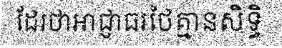
ដែរថាអាជ្ញាធរថៃគ្មានសិទ្ធិ